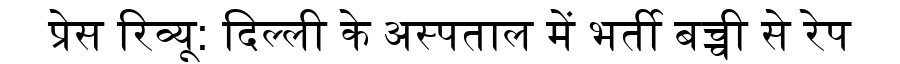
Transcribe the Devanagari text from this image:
प्रेस रिव्यू: दिल्ली के अस्पताल में भर्ती बच्ची से रेप